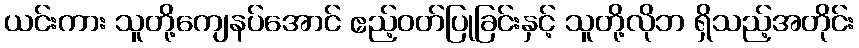
ယင်းကား သူတို့ကျေနပ်အောင် ဧည့်ဝတ်ပြုခြင်းနှင့် သူတို့လိုဘ ရှိသည့်အတိုင်း